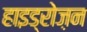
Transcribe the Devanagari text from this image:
हाइड्रोज़न